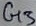
Text: G3